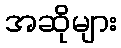
အဆိုများ